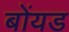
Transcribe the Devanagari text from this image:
बोंयड